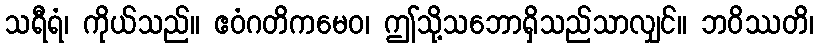
သရီရံ၊ ကိုယ်သည်။ ဧဝံဂတိကမေဝ၊ ဤသို့သဘောရှိသည်သာလျှင်။ ဘဝိဿတိ၊